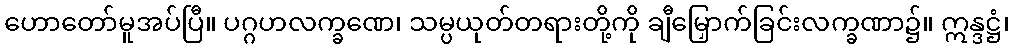
ဟောတော်မူအပ်ပြီ။ ပဂ္ဂဟလက္ခဏေ၊ သမ္ပယုတ်တရားတို့ကို ချီမြှောက်ခြင်းလက္ခဏာ၌။ ဣန္ဒဋ္ဌံ၊